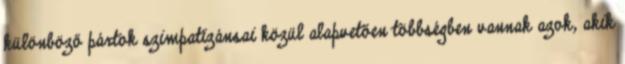
különböző pártok szimpatizánsai közül alapvetően többségben vannak azok, akik